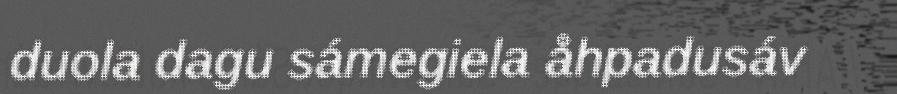
duola dagu sámegiela åhpadusáv